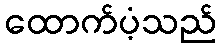
ထောက်ပံ့သည်